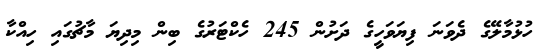
ހުޅުމާލޭގެ ދެވަނަ ފިޔަވަހީގެ ދަށުން 245 ހެކްޓަރުގެ ބިން މިދިޔަ މާޗުގައި ހިއްކާ